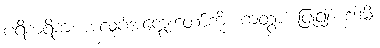
ပရိစာရိကံ၊ အလုပ်အကျွေးတော်ကို။ ကတွာ၊ ပြု၍။ ဒဒါမိ၊